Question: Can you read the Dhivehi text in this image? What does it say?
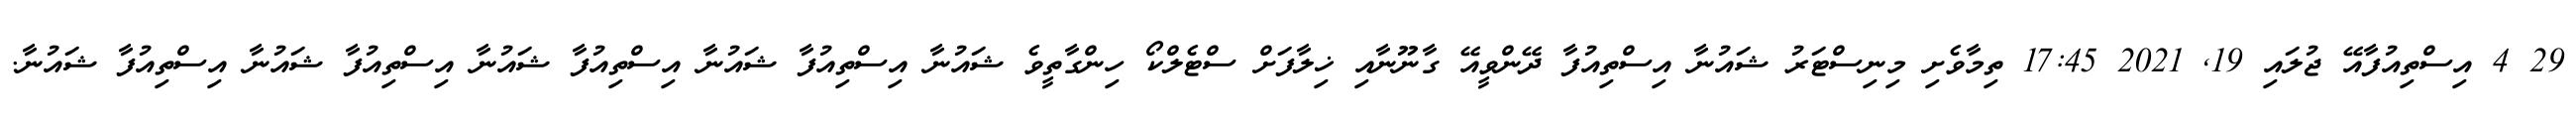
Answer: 29 4 އިސްތިއުފާއޭ ޖުލައި 19, 2021 17:45 ތިމާވެށި މިނިސްޓަރު ޝައުނާ އިސްތިއުފާ ދޭންވީއޭ ގާނޫނާއި ޚިލާފަށް ސްޓެލްކޯ ހިންގާތީވެ ޝައުނާ އިސްތިއުފާ ޝައުނާ އިސްތިއުފާ ޝައުނާ އިސްތިއުފާ ޝައުނާ އިސްތިއުފާ ޝައުނާ.